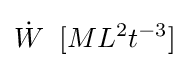
{\dot {W}}\;\;[ML^{2}t^{-3}]